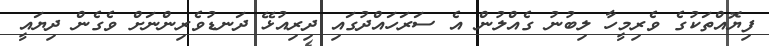
ފިޔޮއްތަކުގެ ވެރިމީހާ ލިބުނު ގެއްލުން އެ ސަރަހައްދުގައި ދިރިއުޅޭ ދަނޑުވެރިންނަށް ވެގެން ދިޔައީ